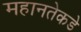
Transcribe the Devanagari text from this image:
महानतेकडे